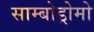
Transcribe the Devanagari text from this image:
साम्बोड्रोमो